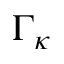
\Gamma _ { \kappa }